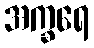
အက္ခရေ